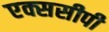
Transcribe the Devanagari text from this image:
एक्ससीपी